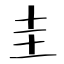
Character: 圭